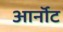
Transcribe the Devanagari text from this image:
आर्नॉट